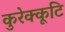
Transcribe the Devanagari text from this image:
कुरेक्कूटि